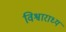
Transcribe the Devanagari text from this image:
विश्वाराध्य